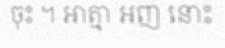
ចុះ ។ អាត្មា អញ នោះ